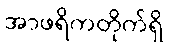
အာဖရိကတိုက်ရှိ